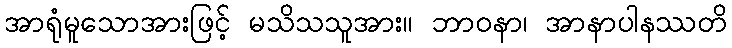
အာရုံမူသောအားဖြင့် မသိသသူအား။ ဘာဝနာ၊ အာနာပါနဿတိ